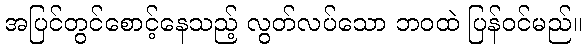
အပြင်တွင်စောင့်နေသည့် လွတ်လပ်သော ဘဝထဲ ပြန်ဝင်မည်။